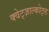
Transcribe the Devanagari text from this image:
क्वेट्ज़ाल्कोट्ल